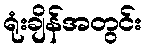
ရုံးချိန်အတွင်း